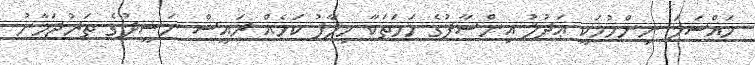
މައްސަލަ ނިންމުމަކީ ޢަދުލު އިންސާފުގެ ހަމަތަކާ ޚިލާފު ކަމެއް ރައީސް ނަޝީދުގެ ތަރުޖަމާނު